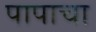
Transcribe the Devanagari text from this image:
पापाचा